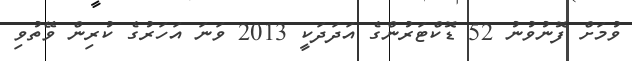
ވުމަށް ފޮނުވުނު 52 ޑޮކްޓަރުންގެ އަދަދަކީ 2013 ވަނަ އަހަރުގެ ކުރިން ވޭތުވި